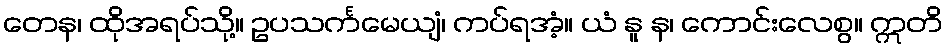
တေန၊ ထိုအရပ်သို့။ ဥပသင်္ကမေယျံ၊ ကပ်ရအံ့။ ယံ နူ န၊ ကောင်းလေစွ။ ဣတိ